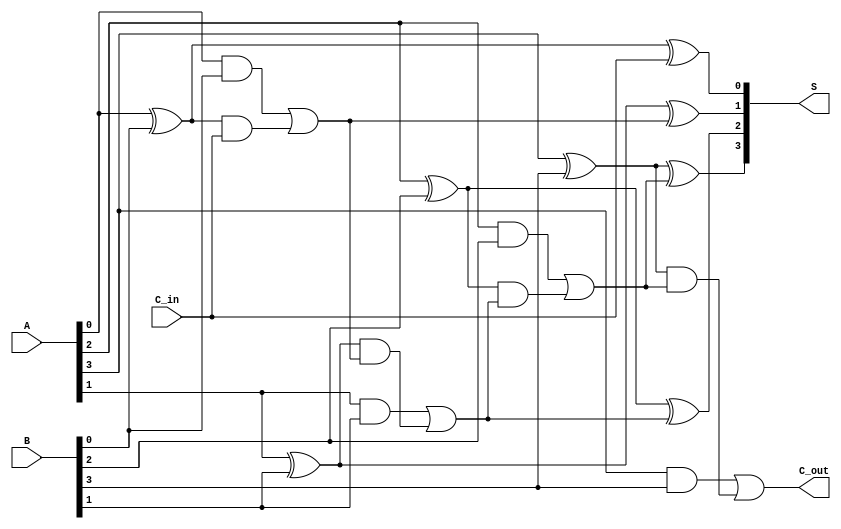
module ParallelFullAdder #(parameter n = 4) (
    input  [n-1:0] A,      // First n-bit binary number
    input  [n-1:0] B,      // Second n-bit binary number
    input          C_in,    // Carry input for the LSB
    output [n-1:0] S,      // n-bit sum output
    output         C_out     // Carry output indicating overflow
);

    wire [n:0] C; // Carry outputs, C[n] is the final carry out

    // Generate full adders for each bit
    genvar i;
    generate
        for (i = 0; i < n; i = i + 1) begin : full_adder
            if (i == 0) begin
                // For the least significant bit
                assign S[i] = A[i] ^ B[i] ^ C_in; // Sum calculation
                assign C[i+1] = (A[i] & B[i]) | ((A[i] ^ B[i]) & C_in); // Carry calculation
            end else begin
                // For other bits
                assign S[i] = A[i] ^ B[i] ^ C[i]; // Sum calculation
                assign C[i+1] = (A[i] & B[i]) | ((A[i] ^ B[i]) & C[i]); // Carry calculation
            end
        end
    endgenerate

    // Final carry out
    assign C_out = C[n];

endmodule